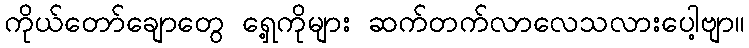
ကိုယ်တော်ချောတွေ ရှေ့ကိုများ ဆက်တက်လာလေသလားပေါ့ဗျာ။